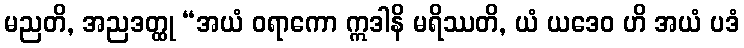
မညတိ, အညဒတ္ထု “အယံ ဝရာကော ဣဒါနိ မရိဿတိ, ယံ ယဒေဝ ဟိ အယံ ပဒံ